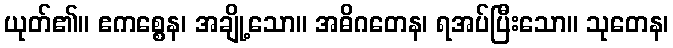
ယုတ်၏။ ဧကစ္စေန၊ အချို့သော။ အဓိဂတေန၊ ရအပ်ပြီးသော။ သုတေန၊